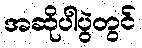
အဆိုပါပွဲတွင်